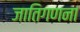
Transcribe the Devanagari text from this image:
जातिगणना